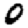
Digit: 0